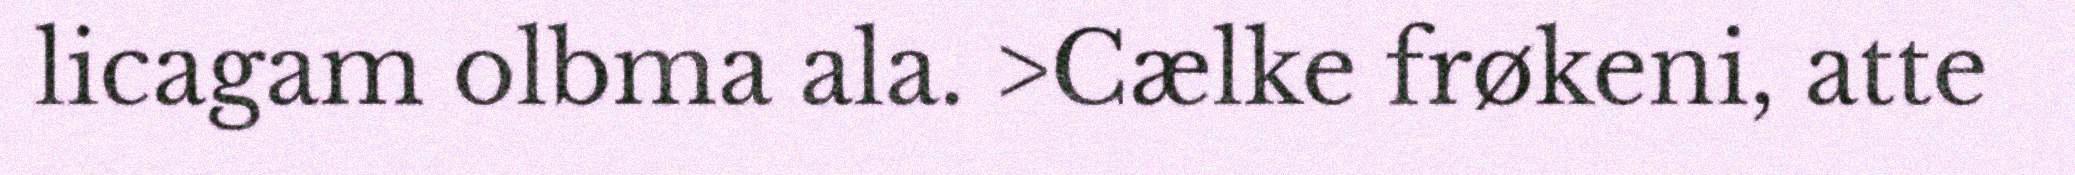
licagam olbma ala. >Cælke frøkeni, atte